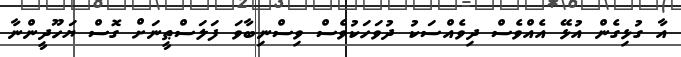
އާ ގުޅިގެން އުޅޭ އެއްވެސް ދިވެއްސަކު ދުވަހަކުވެސް ވިސްނިބާވަ ފަލަސްޠީނަށް ގޮސް ޔަހޫދީންނާ